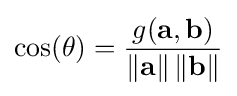
\cos(\theta )={\frac {g(\mathbf {a} ,\mathbf {b} )}{\left\|\mathbf {a} \right\|\left\|\mathbf {b} \right\|}}